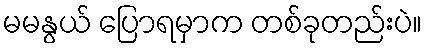
မမနွယ် ပြောရမှာက တစ်ခုတည်းပဲ။